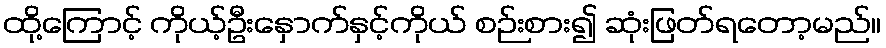
ထို့ကြောင့် ကိုယ့်ဦးနှောက်နှင့်ကိုယ် စဉ်းစား၍ ဆုံးဖြတ်ရတော့မည်။